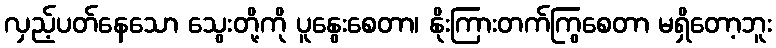
လှည့်ပတ်နေသော သွေးတို့ကို ပူနွေးစေတာ၊ နိုးကြားတက်ကြွစေတာ မရှိတော့ဘူး